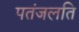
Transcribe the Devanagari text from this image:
पतंजलति